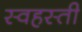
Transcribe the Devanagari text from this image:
स्वहस्ती